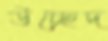
উচ্ছেদ